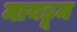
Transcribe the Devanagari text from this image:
मायडूम